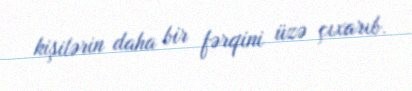
kişilərin daha bir fərqini üzə çıxarıb.